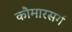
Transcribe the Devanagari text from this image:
कौमारसर्ग